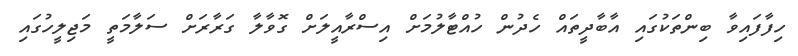
ހިފާފައިވާ ބިންތަކުގައި އާބާދީތައް ހެދުން ހުއްޓާލުމަށް އިސްރާއީލަށް ގޮވާލާ ގަރާރަށް ސަލާމަތީ މަޖިލީހުގައި